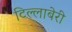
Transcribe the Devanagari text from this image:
टिल्लाबेरी